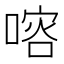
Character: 𠺀